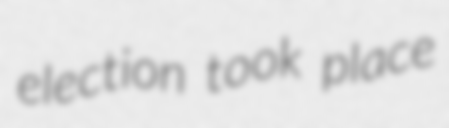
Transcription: election took place